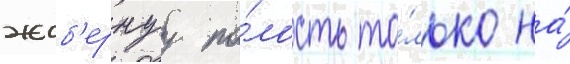
жаб'ернуу по́лость то́лько на́